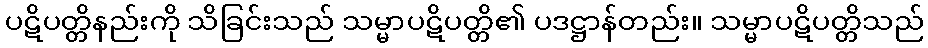
ပဋိပတ္တိနည်းကို သိခြင်းသည် သမ္မာပဋိပတ္တိ၏ ပဒဋ္ဌာန်တည်း။ သမ္မာပဋိပတ္တိသည်